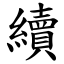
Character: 續